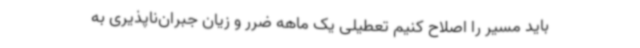
باید مسیر را اصلاح کنیم تعطیلی یک ماهه ضرر و زیان جبران‌ناپذیری به